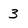
Character: 3